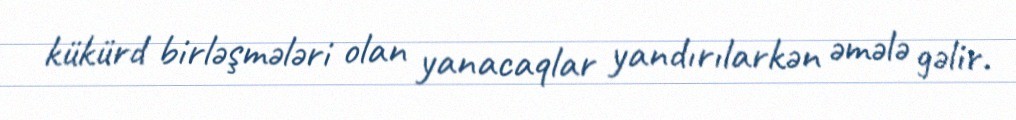
kükürd birləşmələri olan yanacaqlar yandırılarkən əmələ gəlir.